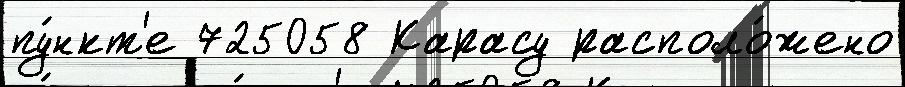
пу́нкт'е 725058 Карасу располо́жено